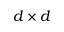
d \times d